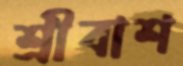
শ্রীবাশ